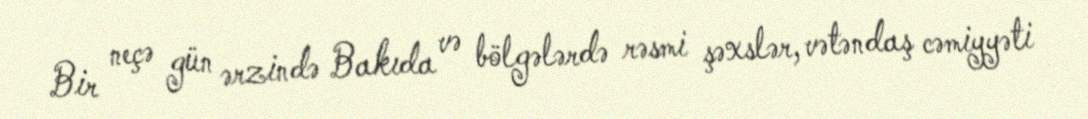
Bir neçə gün ərzində Bakıda və bölgələrdə rəsmi şəxslər, vətəndaş cəmiyyəti